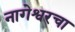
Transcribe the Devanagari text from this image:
नागेश्वरचा